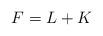
LaTeX: \begin{align*} F= L+K \end{align*}